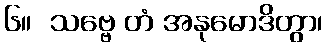
၆။  သဗ္ဗေ တံ အနုမောဒိတွာ၊